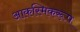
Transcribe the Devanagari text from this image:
आकस्मिकरूप